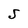
Character: S